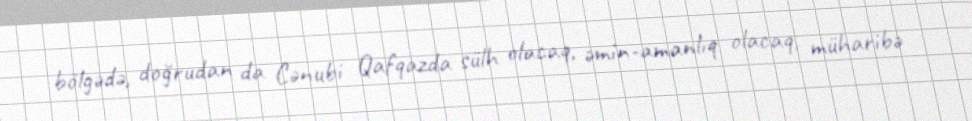
bölgədə, doğrudan da Cənubi Qafqazda sülh olacaq, əmin-amanlıq olacaq, müharibə